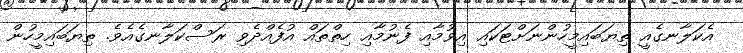
އެކަލާނގެއީ ތިޔަބައިމީހުންނަށްޓަކައި އިވުމާއި ފެނުމާއި ހިތްތައް އުފެއްދެވި ރަސްކަލާނގެއެވެ. ތިޔަބައިމީހުން